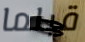
قبلما